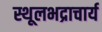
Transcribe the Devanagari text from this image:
स्थूलभद्राचार्य